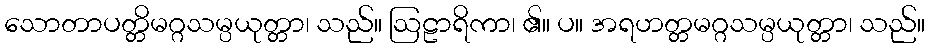
သောတာပတ္တိမဂ္ဂသမ္ပယုတ္တာ၊ သည်။ ဩဠာရိကာ၊ ၏။ ပ။ အရဟတ္တမဂ္ဂသမ္ပယုတ္တာ၊ သည်။